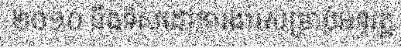
២០១០ និងទិសដៅការងារសម្រាប់អនុវត្ត